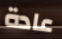
عادة